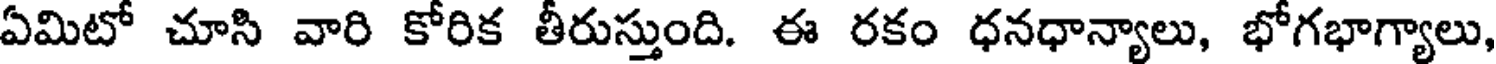
ఏమిటో చూసి వారి కోరిక తీరుస్తుంది. ఈ రకం ధనధాన్యాలు, భోగభాగ్యాలు,